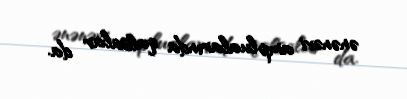
ənənəvi amplualarında qalsalar da.